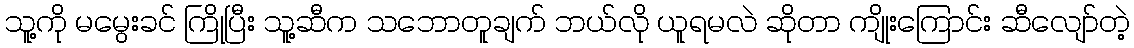
သူ့ကို မမွေးခင် ကြိုပြီး သူ့ဆီက သဘောတူချက် ဘယ်လို ယူရမလဲ ဆိုတာ ကျိုးကြောင်း ဆီလျော်တဲ့